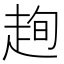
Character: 𧻛